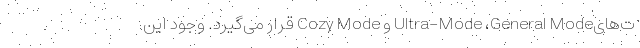
ت‌هایUltra-Mode ،General Mode و Cozy Mode قرار می‌گیرد. وجود این